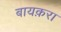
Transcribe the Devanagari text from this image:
बायक़रा